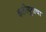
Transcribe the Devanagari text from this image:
कलीयुगाचा